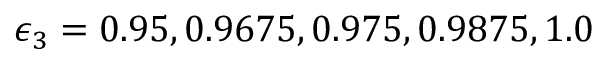
\epsilon _ { 3 } = 0 . 9 5 , 0 . 9 6 7 5 , 0 . 9 7 5 , 0 . 9 8 7 5 , 1 . 0